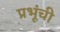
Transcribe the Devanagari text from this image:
प्रभूंची